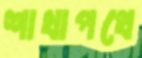
শাখাপথে